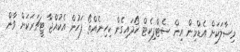
މިސާލަކަށް އެޑްމިން އިން ސެޓްފިކެޓް ހޯދައިގެން ކިހިނެއްތޯ ފަހުން އެކުއްޖާ ޓީޗަރަކަށް ވާން